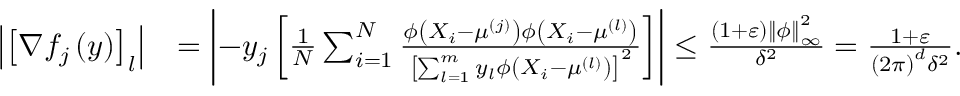
\begin{array} { r l } { \left| \left[ \nabla f _ { j } \left( y \right) \right] _ { l } \right| } & { = \left| - y _ { j } \left[ \frac { 1 } { N } \sum _ { i = 1 } ^ { N } \frac { \phi \left( X _ { i } - \mu ^ { ( j ) } \right) \phi \left( X _ { i } - \mu ^ { ( l ) } \right) } { \left[ \sum _ { l = 1 } ^ { m } y _ { l } \phi \left( X _ { i } - \mu ^ { ( l ) } \right) \right] ^ { 2 } } \right] \right| \leq \frac { \left( 1 + \varepsilon \right) \left\Vert \phi \right\Vert _ { \infty } ^ { 2 } } { \delta ^ { 2 } } = \frac { 1 + \varepsilon } { \left( 2 \pi \right) ^ { d } \delta ^ { 2 } } . } \end{array}